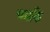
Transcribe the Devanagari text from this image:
चमकि